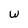
Character: w